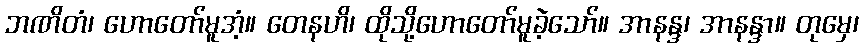
ဘဏိတံ၊ ဟောတော်မူအံ့။ တေနဟိ၊ ထိုသို့ဟောတော်မူခဲ့သော်။ အာနန္ဒ၊ အာနန္ဒာ။ တုမှေ၊